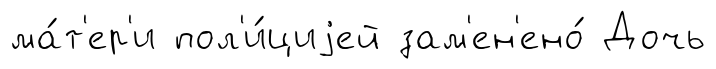
ма́т'ер'и пол'и́циjей зам'ен'ено́ Дочь